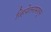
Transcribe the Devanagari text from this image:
व्हियेतनामातून